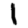
Digit: 1